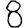
Digit: 8